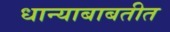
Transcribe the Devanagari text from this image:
धान्याबाबतीत